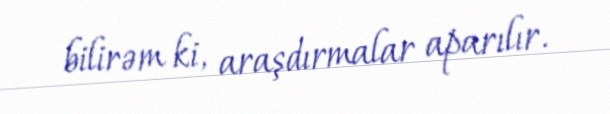
bilirəm ki, araşdırmalar aparılır.